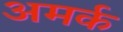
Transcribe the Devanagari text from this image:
अमर्क